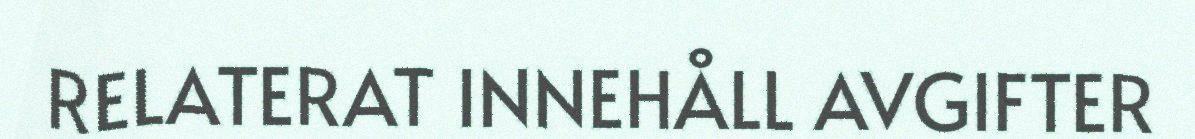
RELATERAT INNEHÅLL AVGIFTER